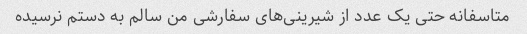
متاسفانه حتی یک عدد از شیرینی‌های سفارشی من سالم به دستم نرسیده